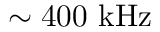
\sim 4 0 0 ~ \mathrm { k H z }